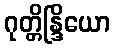
ဂုတ္တိန္ဒြိယော